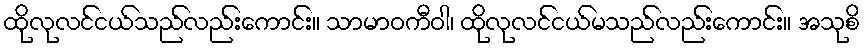
ထိုလုလင်ငယ်သည်လည်းကောင်း။ သာမာဝကီဝါ၊ ထိုလုလင်ငယ်မသည်လည်းကောင်း။ အသုစိ